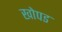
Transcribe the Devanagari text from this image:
खोपड